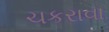
ચકરાવા